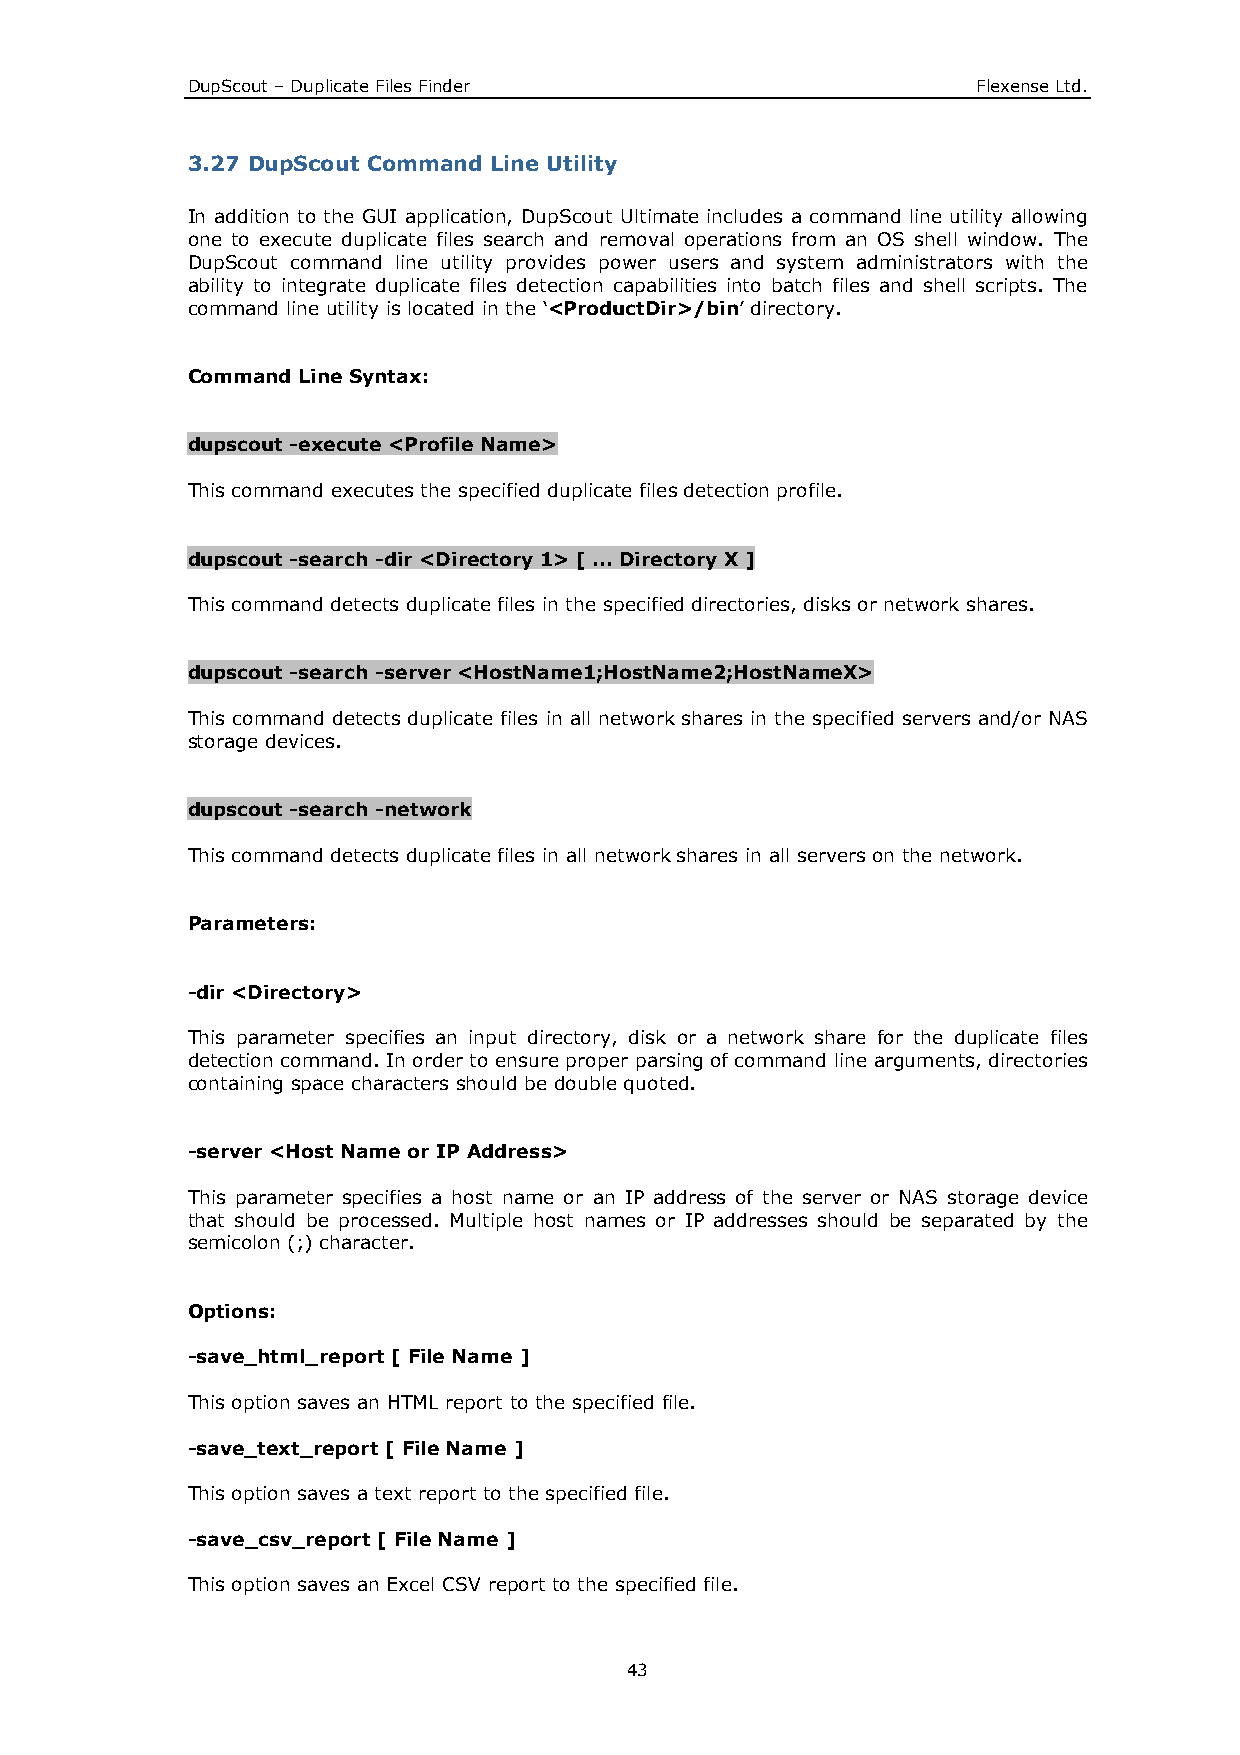
DupScout – Duplicate Files Finder                    Flexense Ltd.
 3.27 DupScout Command Line Utility
 In addition to the GUI application, DupScout Ultimate includes a command line utility allowing
 one to execute duplicate files search and removal operations from an OS shell window. The
 DupScout command line utility provides power users and system administrators with the
 ability to integrate duplicate files detection capabilities into batch files and shell scripts. The
 command line utility is located in the ‘<ProductDir>/bin’ directory.
 Command Line Syntax:
 dupscout -execute <Profile Name>
 This command executes the specified duplicate files detection profile.
 dupscout -search -dir <Directory 1> [ ... Directory X ]
 This command detects duplicate files in the specified directories, disks or network shares.
 dupscout -search -server <HostName1;HostName2;HostNameX>
 This command detects duplicate files in all network shares in the specified servers and/or NAS
 storage devices.
 dupscout -search -network
 This command detects duplicate files in all network shares in all servers on the network.
 Parameters:
 -dir <Directory>
 This parameter specifies an input directory, disk or a network share for the duplicate files
 detection command. In order to ensure proper parsing of command line arguments, directories
 containing space characters should be double quoted.
 -server <Host Name or IP Address>
 This parameter specifies a host name or an IP address of the server or NAS storage device
 that should be processed. Multiple host names or IP addresses should be separated by the
 semicolon (;) character.
 Options:
 -save_html_report [ File Name ]
 This option saves an HTML report to the specified file.
 -save_text_report [ File Name ]
 This option saves a text report to the specified file.
 -save_csv_report [ File Name ]
 This option saves an Excel CSV report to the specified file.
 43